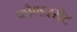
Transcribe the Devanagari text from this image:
कौण्डरसैट